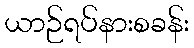
ယာဉ်ရပ်နားစခန်း